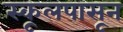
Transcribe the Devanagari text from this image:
स्कूलपासून